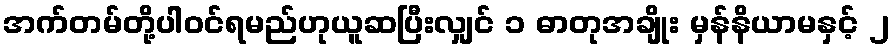
အက်တမ်တို့ပါဝင်ရမည်ဟုယူဆပြီးလျှင် ၁ ဓာတုအချိုး မှန်နိယာမနှင့် ၂